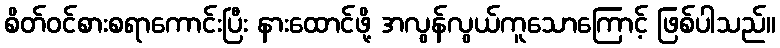
စိတ်ဝင်စားစရာကောင်းပြီး နားထောင်ဖို့ အလွန်လွယ်ကူသောကြောင့် ဖြစ်ပါသည်။